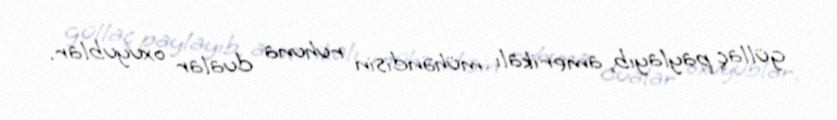
güllaç paylayıb, amerikalı mühəndisin ruhuna dualar oxuyublar.